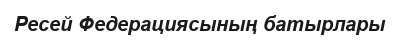
Ресей Федерациясының батырлары